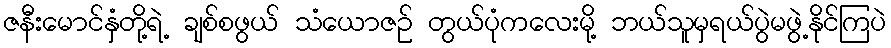
ဇနီးမောင်နှံတို့ရဲ့ ချစ်စဖွယ် သံယောဇဉ် တွယ်ပုံကလေးမို့ ဘယ်သူမှရယ်ပွဲမဖွဲ့နိုင်ကြပဲ